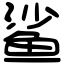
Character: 鲨